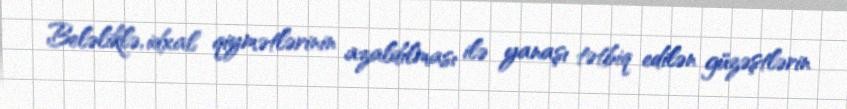
Beləliklə, idxal qiymətlərinin azaldılması ilə yanaşı tətbiq edilən güzəştlərin